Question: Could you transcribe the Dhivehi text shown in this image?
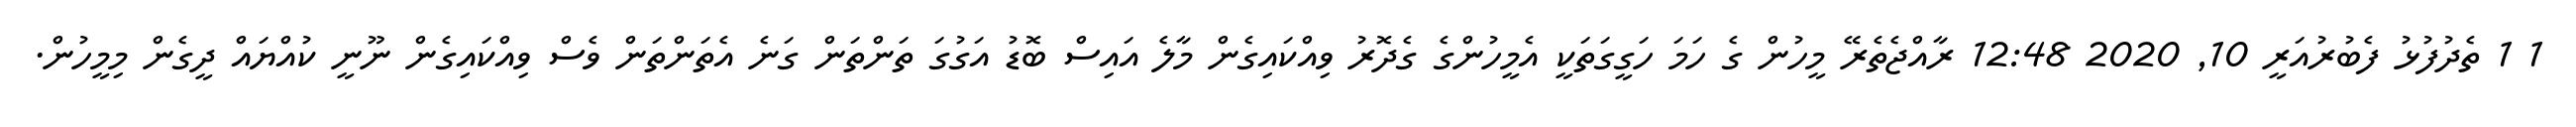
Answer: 1 1 ތެދުފުޅު ފެބުރުއަރީ 10, 2020 12:48 ރާއްޖެތެރޭ މީހުން ގެ ހަމަ ހަގީގަތަކީ އެމީހުންގެ ގެދޮރު ވިއްކައިގެން މާލެ އައިސް ބޮޑު އަގުގަ ތަންތަން ގަނެ އެތަންތަން ވެސް ވިއްކައިގެން ނޫނީ ކުއްޔައް ދީގެން މިމީހުން.